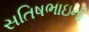
સતિષભાઇની